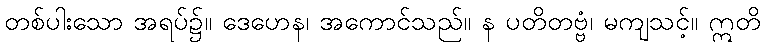
တစ်ပါးသော အရပ်၌။ ဒေဟေန၊ အကောင်သည်။ န ပတိတဗ္ဗံ၊ မကျသင့်။ ဣတိ